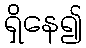
ရှိနေ၍